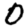
Digit: 0